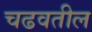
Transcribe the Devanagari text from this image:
चढवतील